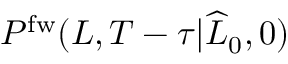
P ^ { \mathrm { f w } } ( L , T - \tau | \widehat { L } _ { 0 } , 0 )